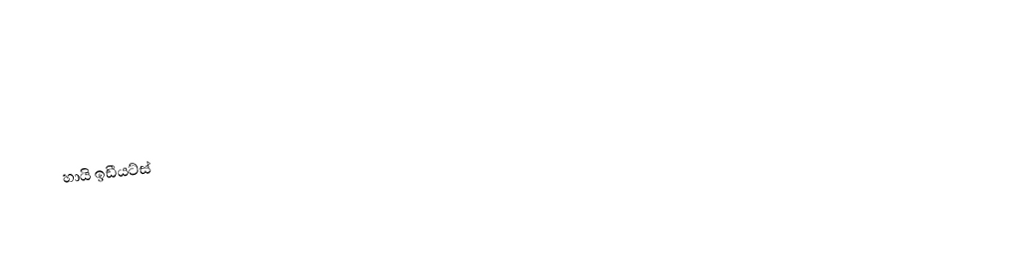
හායි ඉඩීයට්ස්